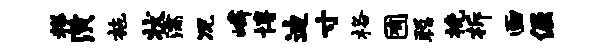
糕潢施状濡况嶙博迪寸格囿聪挽柝画倔